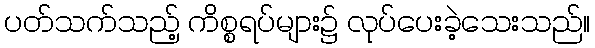
ပတ်သက်သည့် ကိစ္စရပ်များ၌ လုပ်ပေးခဲ့သေးသည်။